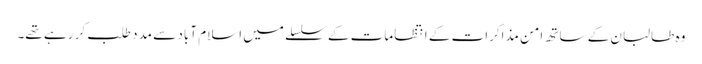
وہ طالبان کے ساتھ امن مذاکرات کے انتظامات کے سلسلے میں اسلام آباد سے مدد طلب کر رہے تھے۔